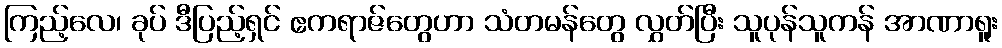
ကြည့်လေ၊ ခုပ် ဒီပြည့်ရှင် ဧကရာဇ်တွေဟာ သံတမန်တွေ လွှတ်ပြီး သူပုန်သူကန် အာဏာရူး